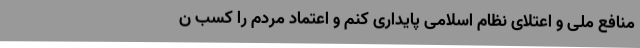
منافع ملی و اعتلای نظام اسلامی پایداری کنم و اعتماد مردم را کسب ن